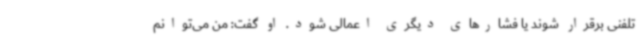
تلفنی برقرار شوند یا فشارهای دیگری اعمالی شود. او گفت: من می‌توانم